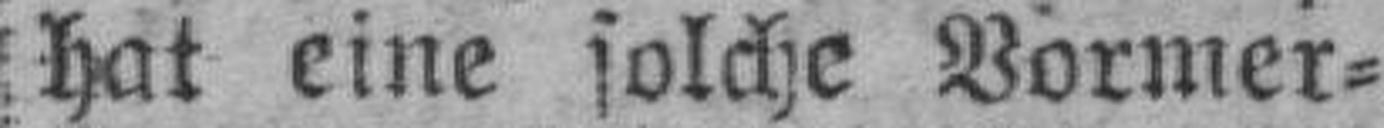
hat eine solche Vormer¬